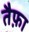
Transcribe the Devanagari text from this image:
तैफ़ा